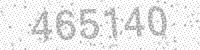
Solution: 465140